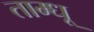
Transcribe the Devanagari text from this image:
ताम्धू